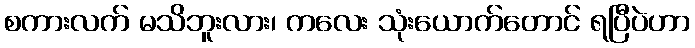
စကားလက် မသိဘူးလား၊ ကလေး သုံးယောက်တောင် ရပြီပဲဟာ